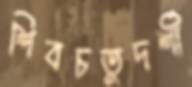
শিবচতুদর্শী